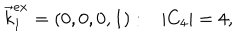
\vec { k } _ { 1 } ^ { e x } = ( 0 , 0 , 0 , 1 ) : \, \, \, \, \, | C _ { 4 } | = 4 ,